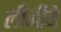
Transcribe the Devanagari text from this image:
लीजीये